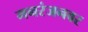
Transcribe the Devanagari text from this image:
मनरंजनवर